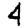
Digit: 4